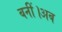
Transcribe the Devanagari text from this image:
बनीं।अब